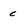
Character: e